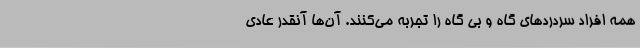
همه افراد سردردهای گاه و بی گاه را تجربه می‌کنند. آن‌ها آنقدر عادی